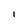
Character: l